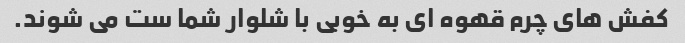
کفش های چرم قهوه ای به خوبی با شلوار شما ست می شوند.